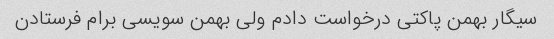
سیگار بهمن پاکتی درخواست دادم ولی بهمن سویسی برام فرستادن